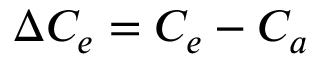
\Delta C _ { e } = C _ { e } - C _ { a }